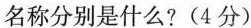
名称分别是什么?(4分)